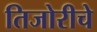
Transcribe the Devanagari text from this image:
तिजोरीचे